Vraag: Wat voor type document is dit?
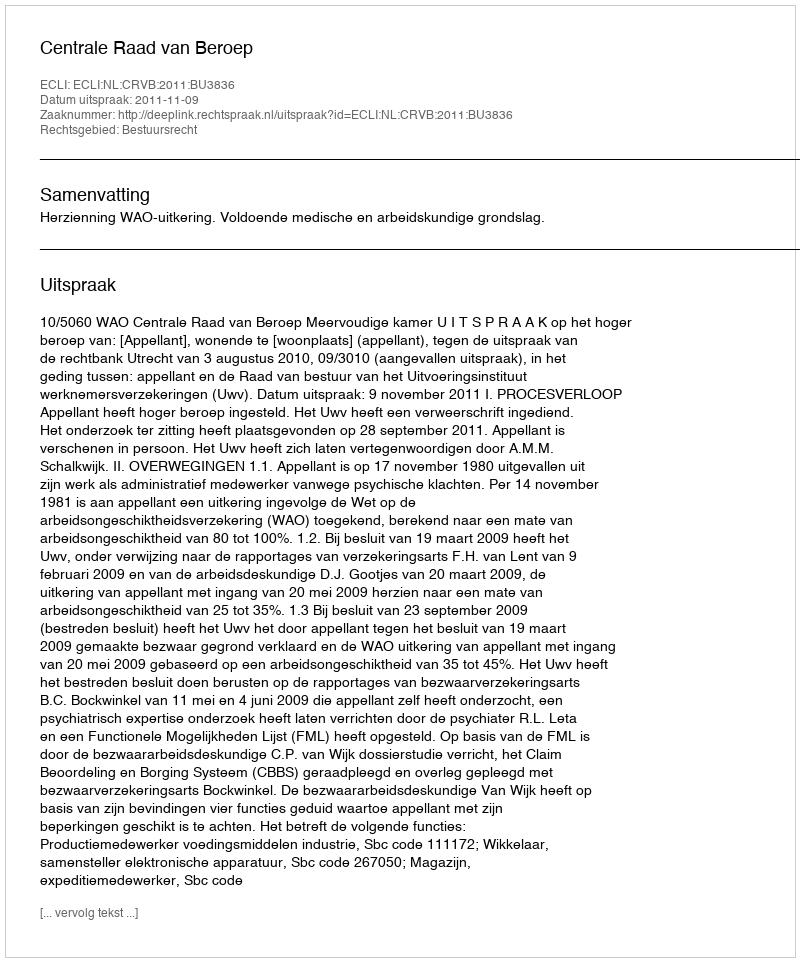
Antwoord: Uitspraak